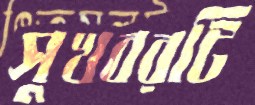
সুখবরটি